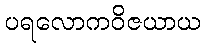
ပရလောကဝိဇယာယ